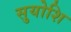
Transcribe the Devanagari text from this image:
सुयोशि